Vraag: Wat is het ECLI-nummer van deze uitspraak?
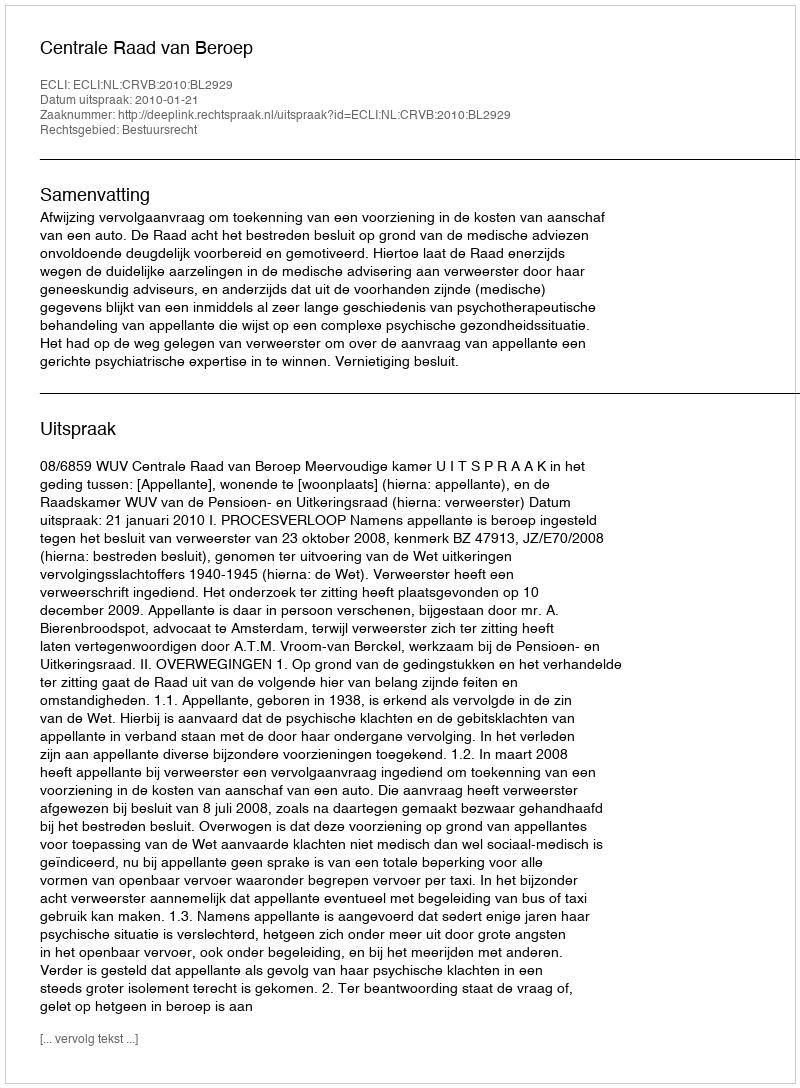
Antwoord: ECLI:NL:CRVB:2010:BL2929